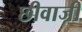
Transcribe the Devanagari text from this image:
छीवाजी